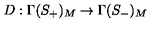
D : \Gamma ( S _ { + } ) _ { M } \rightarrow \Gamma ( S _ { - } ) _ { M }